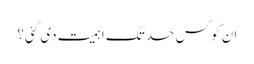
ان کو کس حد تک اہمیت دی گئی؟